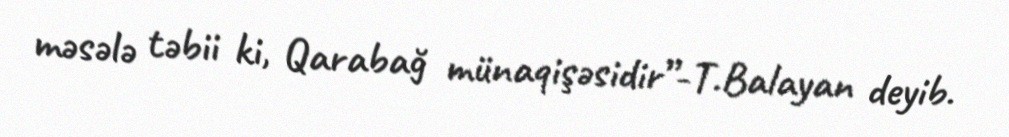
məsələ təbii ki, Qarabağ münaqişəsidir”-T.Balayan deyib.